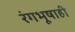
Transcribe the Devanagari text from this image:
रंगभूषाही